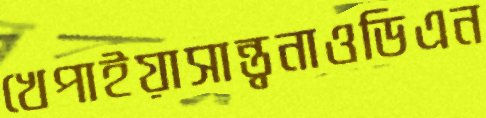
খেপাইয়াসান্ত্বনাওডিএন